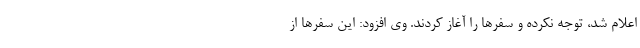
اعلام شد، توجه نکرده و سفرها را آغاز کردند. وی افزود: این سفرها از